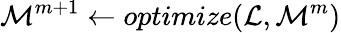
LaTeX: \mathcal{M}^{m+1}\gets optimize(\mathcal{L},\mathcal{M}^{m})